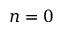
n = 0